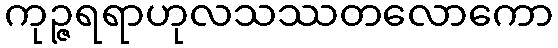
ကုဉ္ဇရရာဟုလသဿတလောကော